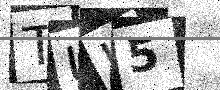
Text: TUJ5